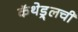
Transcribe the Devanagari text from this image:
कॅथेड्र्लची